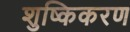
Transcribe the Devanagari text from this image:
शुष्किकरण